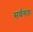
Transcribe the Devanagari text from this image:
सर्वगतः